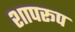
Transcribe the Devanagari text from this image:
शापरूप